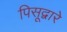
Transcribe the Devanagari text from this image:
पिसूद्वारे